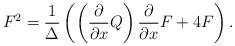
LaTeX: \begin{align*}F^{2}=\frac1\Delta\left(\left({\partial\over\partial x }Q\right){\partial\over\partial x }F+4F\right).\end{align*}